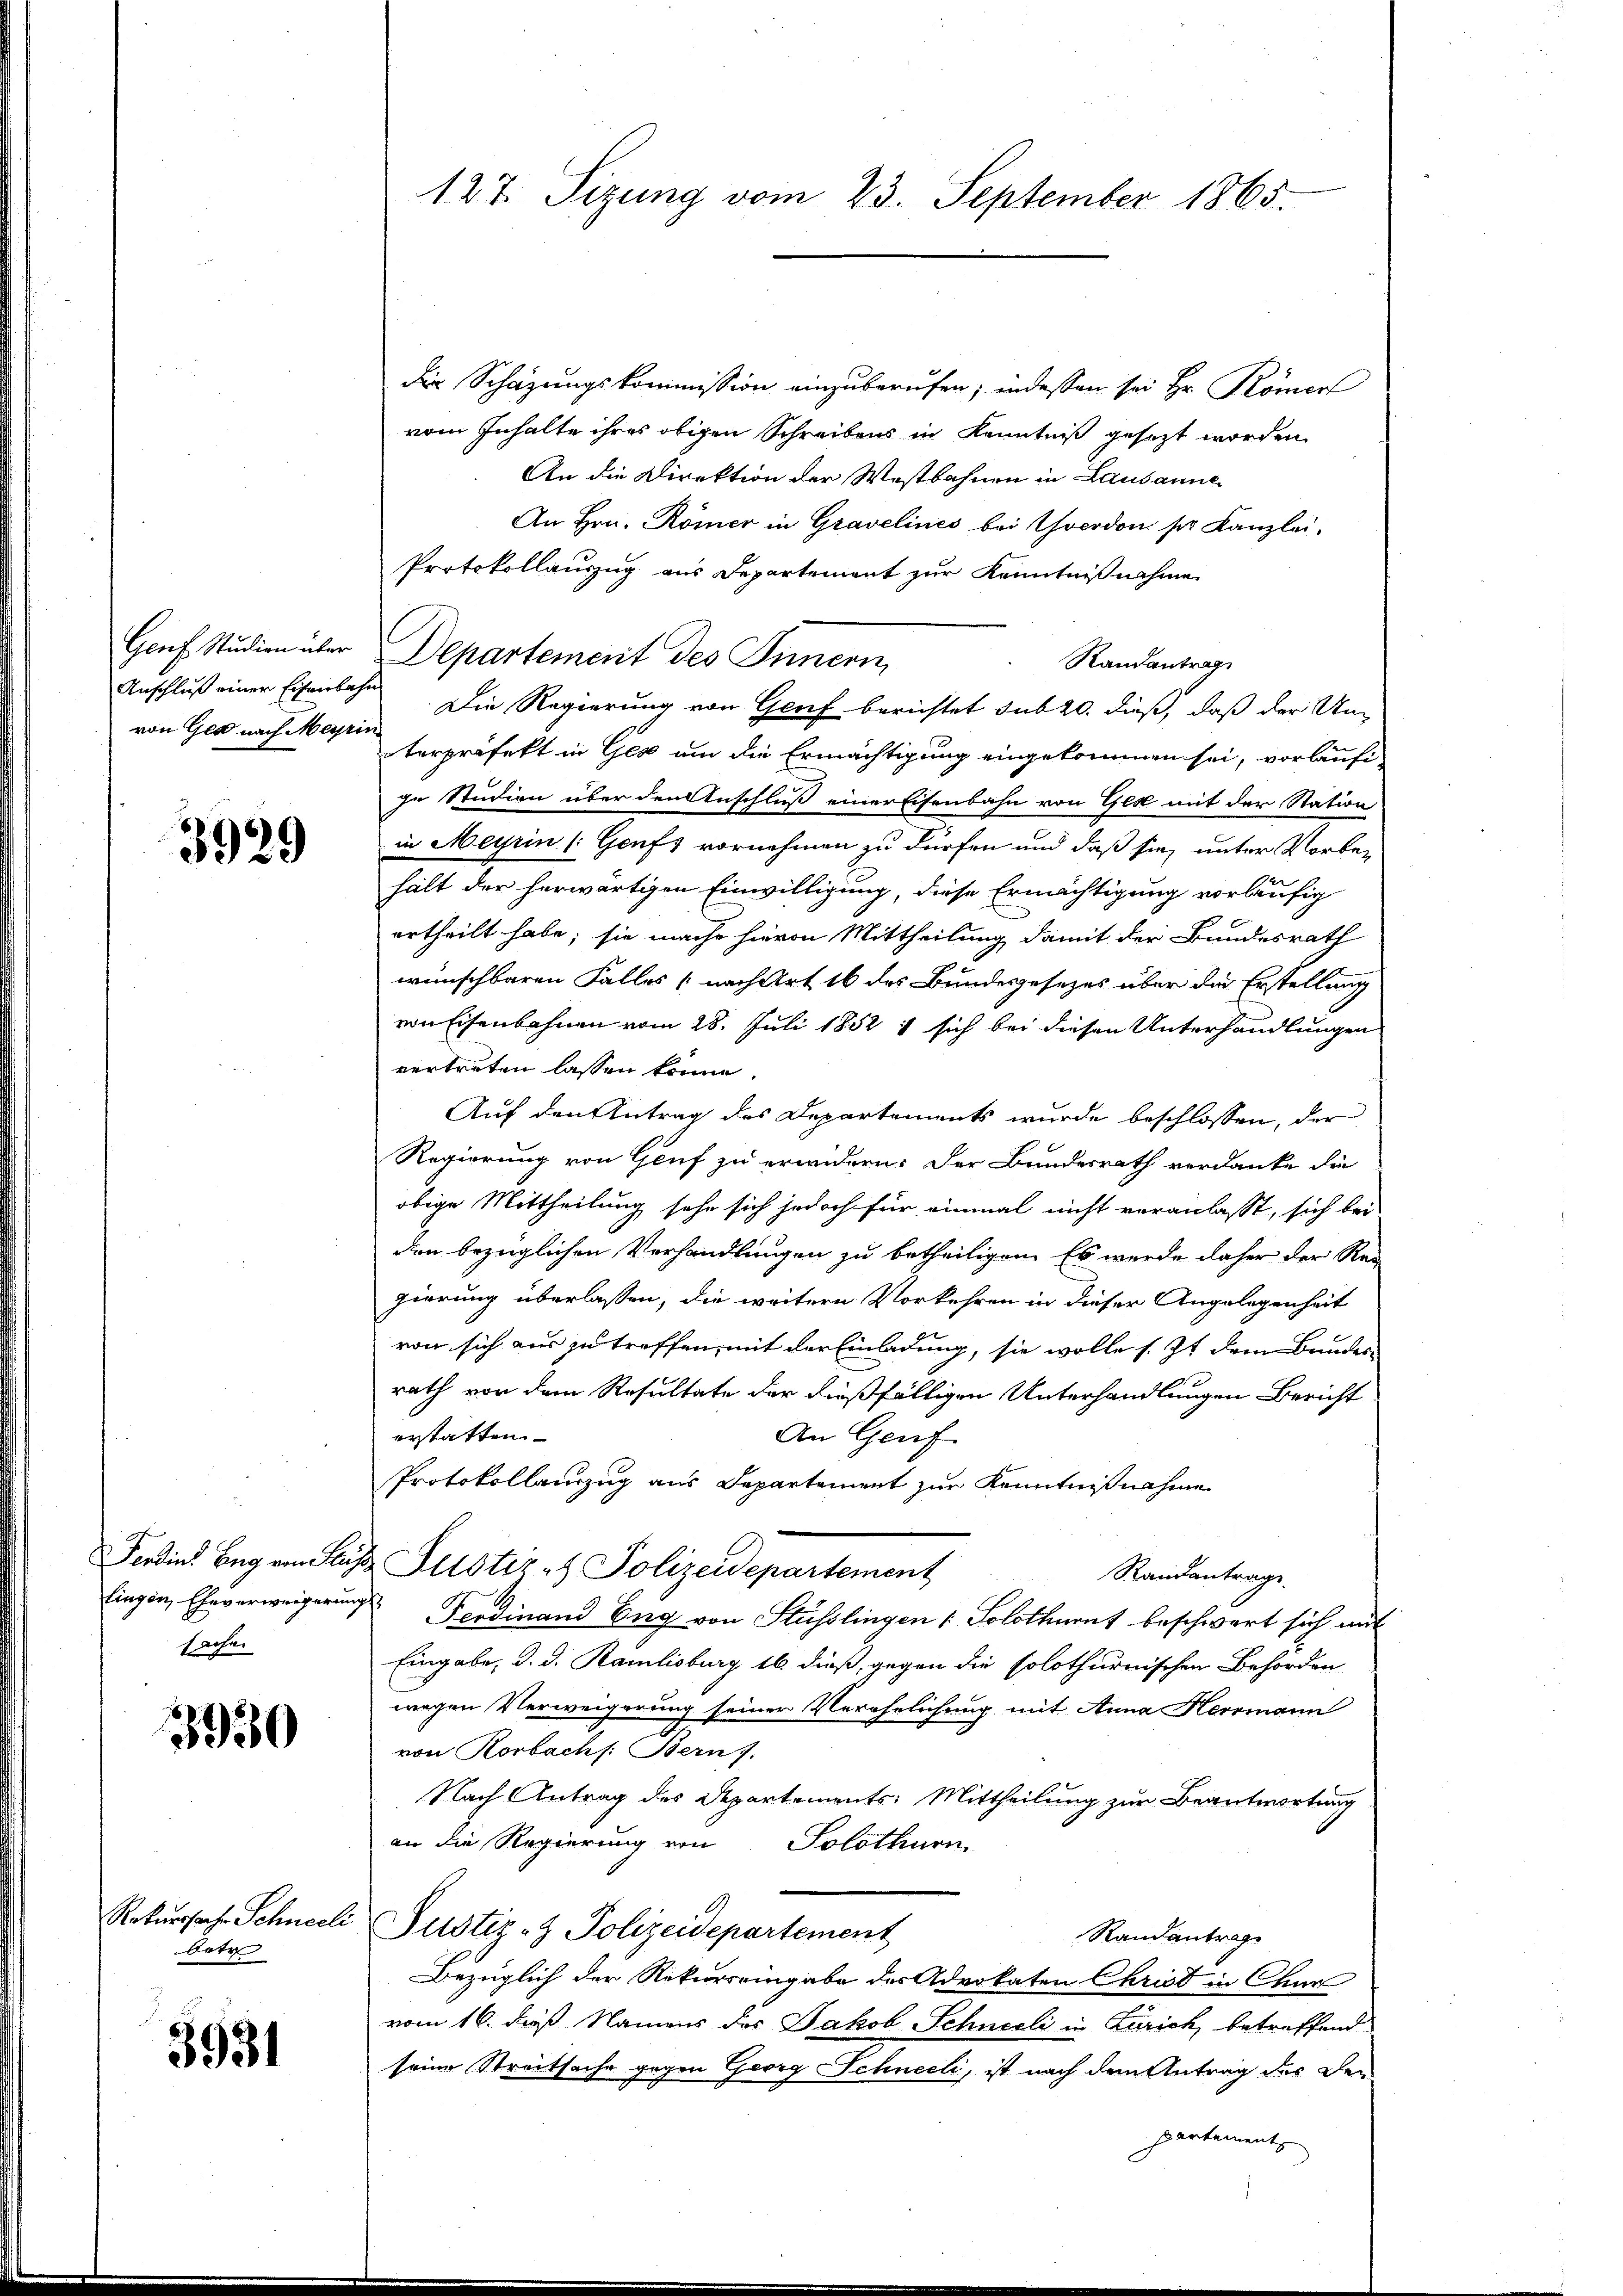
Genf. Studien über
Anschluß einer Eisenbahr
von Ges nach Meyris

3929

Ferdins Beg von Sen
lingen, Eheverweigerung
sachen

3930

Rekurssache Schneel
betr

3931

127. Sizung vom 23. September 1865.

Die Schazungskommission einzuberufen; indessen sei Hr. Römer
vom Inhalte ihres obigen Schreibens in Kenntniß gesezt worden
An die Direktion der Westbahnen in Lausanne
An Hrn. Römer in Gravelines bei verdon pr. Kanzlei.
Protokollauszug aus Departement zur Kenntnißnahme
Departement des Innern
Randantrag
Die Regierung von Genf berichtet sub 20. dieß, daß der Unterprofest in Ges um die Ermächtigung eingekommen sei, vorläufi
ge Studion über den Anschluß einer Eisenbahn von Gek mit der Station
in Meyrin (Genfs vornehmen zu dürfen und daß sie unter Vorbehält der herwärtigen Einwilligung, diese Ermächtigung vorläufig
ertheilt habe; sie mache hievon Mittheilung damit der Bundesrath
wünschbaren Falles (nach Art 16 des Bundesgesezes über die Erstellung
ronschenbahnen vom 28. Juli 1852 : sich bei diesen Unterhandlungen
vertreten lassen könne.
Auf den Antrag des Departements wurde beschlossen, der
Regierung von Genf zu erwidern. Der Bundesrath verdanke die
obige Mittheilung sehe sich jedoch für einmal nicht veranlasst, sich bei
den bezüglichen Verhandlungen zu betheiligen. Es werde daher der Rei
gierung überlassen, die weitern Vorkehren in dieser Angelegenheit
von sich aus zu treffen, mit der Einladung, sie wolle s. Zt dem Bundes-
rath von dem Resultate der dießfälligen Unterhandlungen Bericht
erstatten.
An Genf
Protokollanzug aus Departement zur Kenntnißnahme
& Puster - Polizeidepartement
Randantrage
 Ferdinand Eng von Stüsslingen ( Solothurnt beschwart sich mit
Eingabe, d. d. Ramlisburg 16 dieß, gegen die solothurnischen Behörden
wegen Verweigerung seiner Verehrlichung mit Anna Herrmann
von Rorbachs: Bern 7.
Nach Antrag des Departements: Mittheilung zur Beantwortung
an die Regierung von Solothurn,
Justiz- & Polizeidepartement
Randantrage
Bezüglich der Rekurreingabe der Advokaten Christ in Chur
vom 16. daß Namens des Jakob Schneeli in Zürich, betreffend
seine Streitsache gegen Georg Schneeli, ist nach dem Antrag der Den
partement